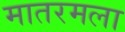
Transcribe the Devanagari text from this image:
मातरमला